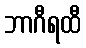
ဘာဂီရထီ